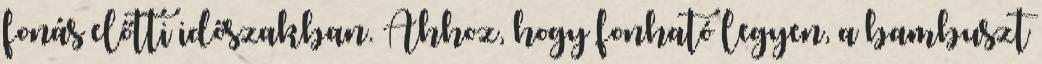
fonás előtti időszakban. Ahhoz, hogy fonható legyen, a bambuszt